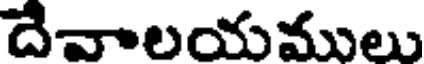
దేవాలయములు